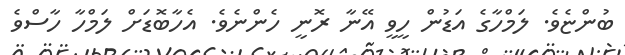
ބުންޏެވެ. ލަމްހާގެ އަޑުން ހީވީ އޭނާ ރޮނީ ހެންނެވެ. އެހާބޮޑަށް ލަމްހާ ހާސްވެ